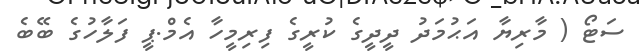
ސަޓޯ ( މާރިޔާ އަޙުމަދު ދީދީގެ ކުރީގެ ފިރިމީހާ އެމް.ޕީ ފަލާހުގެ ބޭބެ